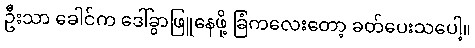
ဦးသာ ခေါင်က ဒေါ်ခွာဖြူနေဖို့ ခြံကလေးတော့ ခတ်ပေးသပေါ့။